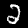
Label: 2